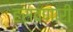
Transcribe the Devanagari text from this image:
हसवणारी